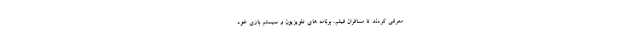
معرفی کردند تا مسافران فیلم، برنامه های تلویزیون و سیستم بازی خود